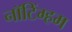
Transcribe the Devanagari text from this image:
नाॅटिंग्हम